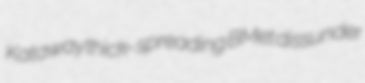
Kataway thick-spreading BMet dissunder